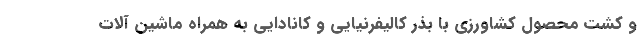
و کشت محصول کشاورزی با بذر کالیفرنیایی و کانادایی به همراه ماشین آلات